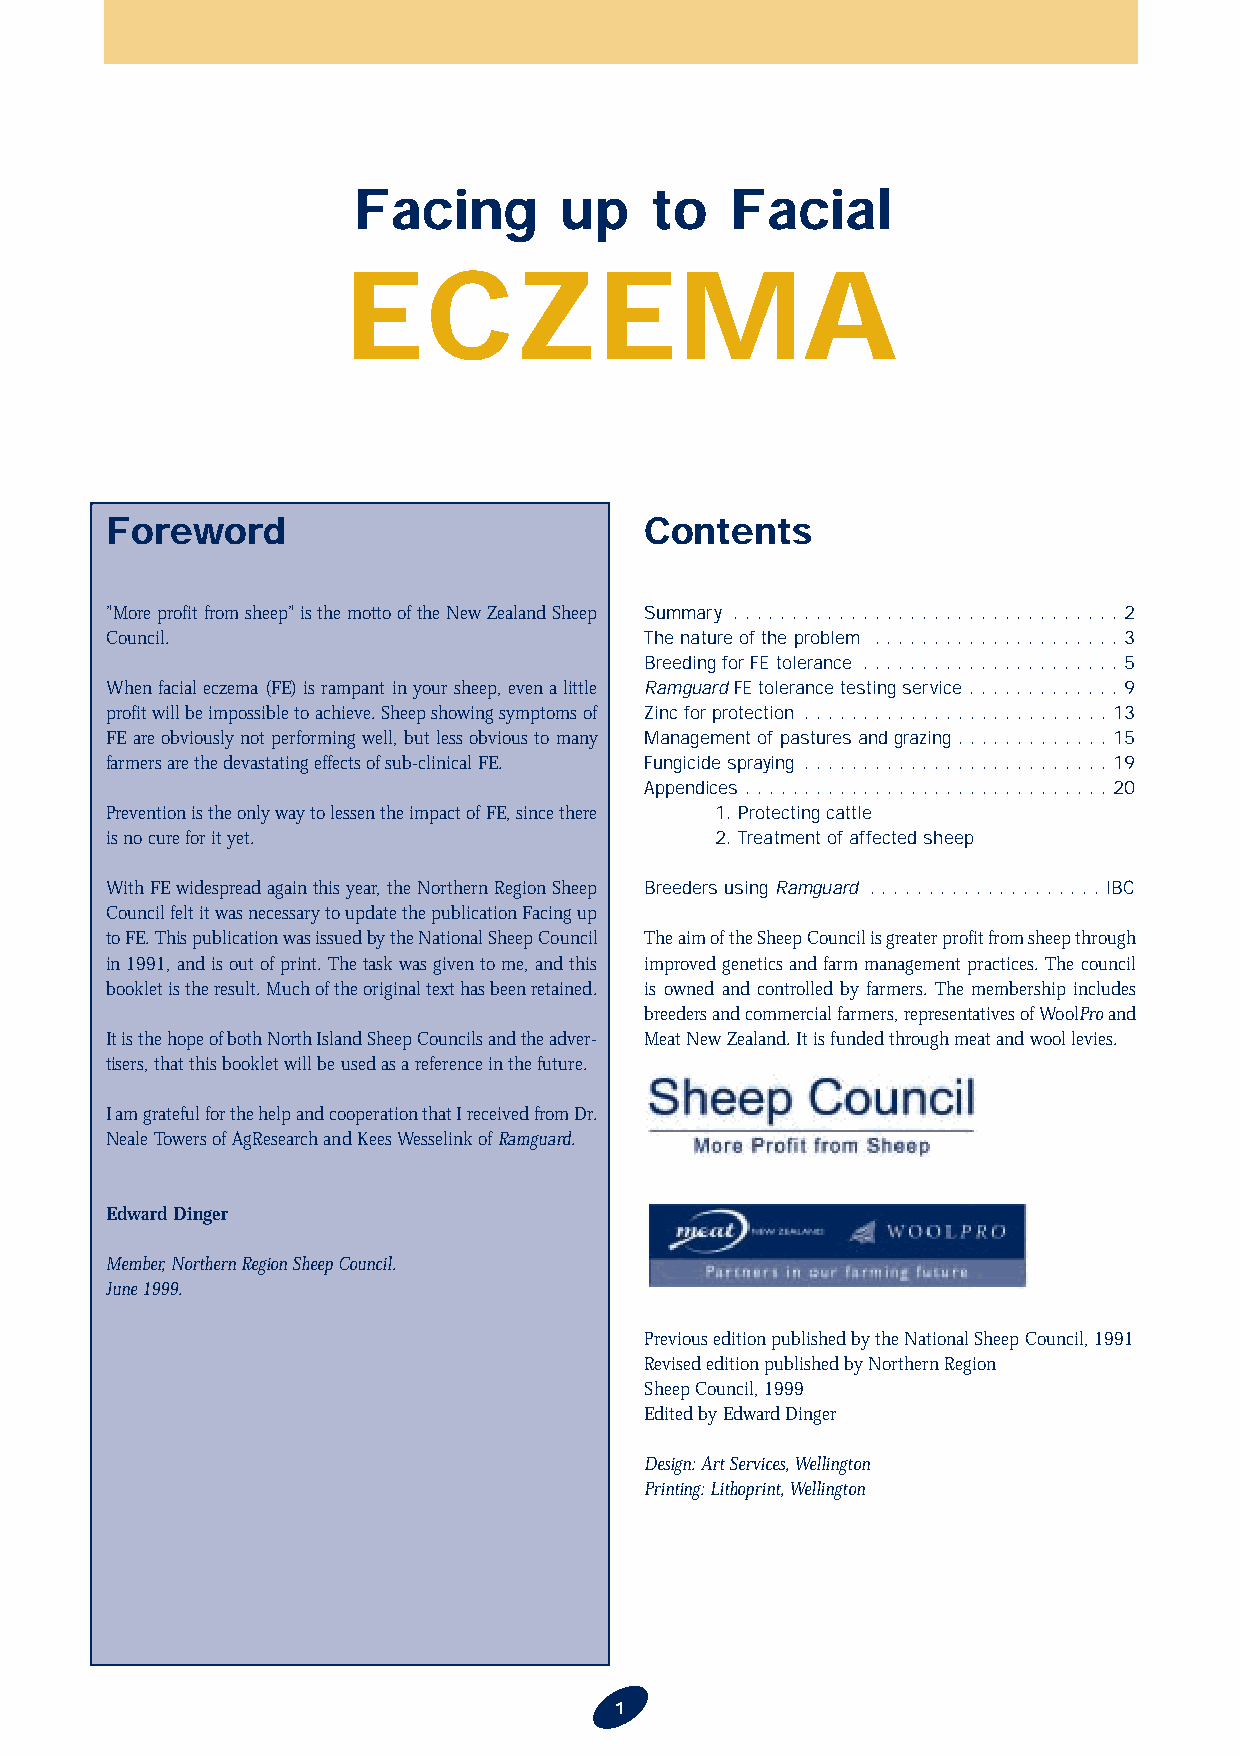
Facing        up    to   Facial
 ECZEMA
 Foreword                            Contents
 "More profit from sheep" is the motto of the New Zealand Sheep Summary . . . . . . . . . . . . . . . . . . . . . . . . . . . . . . . . .2
 Council.                            The nature of the problem . . . . . . . . . . . . . . . . . . . . .3
 Breeding for FE tolerance . . . . . . . . . . . . . . . . . . . . . .5
 When facial eczema (FE) is rampant in your sheep, even a little RamguardFEtolerance testing service . . . . . . . . . . . . .9
 profit will be impossible to achieve. Sheep showing symptoms of Zinc for protection . . . . . . . . . . . . . . . . . . . . . . . . . .13
 FE are obviously not performing well, but less obvious to many Management of pastures and grazing . . . . . . . . . . . . .15
 farmers are the devastating effects of sub-clinical FE. Fungicide spraying . . . . . . . . . . . . . . . . . . . . . . . . . .19
 Appendices . . . . . . . . . . . . . . . . . . . . . . . . . . . . . . .20
 Prevention is the only way to lessen the impact of FE, since there 1. Protecting cattle
 is no cure for it yet.                  2. Treatment of affected sheep
 With FE widespread again this year, the Northern Region Sheep Breeders using Ramguard . . . . . . . . . . . . . . . . . . . .IBC
 Council felt it was necessary to update the publication Facing up
 to FE. This publication was issued by the National Sheep Council The aim of the Sheep Council is greater profit from sheep through
 in 1991, and is out of print. The task was given to me, and this improved genetics and farm management practices. The council
 booklet is the result. Much of the original text has been retained. is owned and controlled by farmers. The membership includes
 breeders and commercial farmers, representatives of WoolProand
 It is the hope of both North Island Sheep Councils and the adver- Meat New Zealand. It is funded through meat and wool levies.
 tisers, that this booklet will be used as a reference in the future.
 I am grateful for the help and cooperation that I received from Dr.
 Neale Towers of AgResearch and Kees Wesselink of Ramguard.
 Edward Dinger
 Member, Northern Region Sheep Council.
 June 1999.
 Previous edition published by the National Sheep Council, 1991
 Revised edition published by Northern Region
 Sheep Council, 1999
 Edited by Edward Dinger
 Design: Art Services, Wellington
 Printing: Lithoprint, Wellington
 1